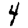
Digit: 4